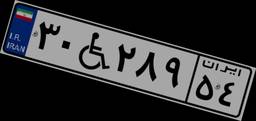
۳۰W۲۸۹۵۴